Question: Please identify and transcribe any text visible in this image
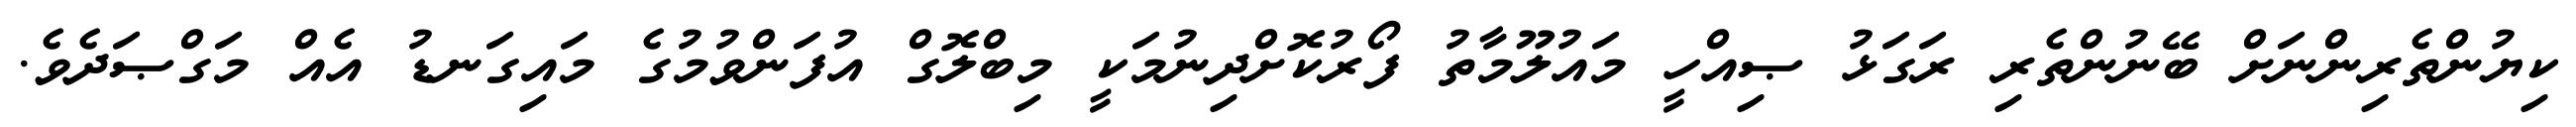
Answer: ކިޔުންތެރިންނަށް ބޭނުންތެރި ރަގަޅު ޞިއްހީ މައުލޫމާތު ފޯރުކޮށްދިނުމަކީ މިބްލޮގް އުފަންވުމުގެ މައިގަނޑު އެއް މަގްޞަދެވެ.